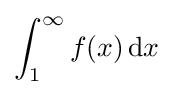
\displaystyle \int _{1}^{\infty }f(x)\,\mathrm {d} x